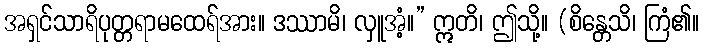
အရှင်သာရိပုတ္တရာမထေရ်အား။ ဒဿာမိ၊ လှူအံ့။” ဣတိ၊ ဤသို့။ (စိန္တေသိ၊ ကြံ၏။